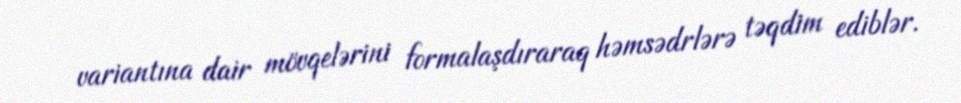
variantına dair mövqelərini formalaşdıraraq həmsədrlərə təqdim ediblər.